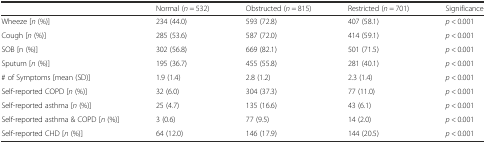
<table><thead><tr><td></td><td><b>Normal (<i>n</i> = 532)</b></td><td><b>Obstructed (<i>n</i> = 815)</b></td><td><b>Restricted (<i>n</i> = 701)</b></td><td><b>Significance</b></td></tr></thead><tbody><tr><td>Wheeze [<i>n</i> (%)]</td><td>234 (44.0)</td><td>593 (72.8)</td><td>407 (58.1)</td><td><i>p</i> &lt; 0.001</td></tr><tr><td>Cough [<i>n</i> (%)]</td><td>285 (53.6)</td><td>587 (72.0)</td><td>414 (59.1)</td><td><i>p</i> &lt; 0.001</td></tr><tr><td>SOB [n (%)]</td><td>302 (56.8)</td><td>669 (82.1)</td><td>501 (71.5)</td><td><i>p</i> &lt; 0.001</td></tr><tr><td>Sputum [<i>n</i> (%)]</td><td>195 (36.7)</td><td>455 (55.8)</td><td>281 (40.1)</td><td><i>p</i> &lt; 0.001</td></tr><tr><td># of Symptoms [mean (SD)]</td><td>1.9 (1.4)</td><td>2.8 (1.2)</td><td>2.3 (1.4)</td><td><i>p</i> &lt; 0.001</td></tr><tr><td>Self-reported COPD [<i>n</i> (%)]</td><td>32 (6.0)</td><td>304 (37.3)</td><td>77 (11.0)</td><td><i>p</i> &lt; 0.001</td></tr><tr><td>Self-reported asthma [<i>n</i> (%)]</td><td>25 (4.7)</td><td>135 (16.6)</td><td>43 (6.1)</td><td><i>p</i> &lt; 0.001</td></tr><tr><td>Self-reported asthma &amp; COPD [<i>n</i> (%)]</td><td>3 (0.6)</td><td>77 (9.5)</td><td>14 (2.0)</td><td><i>p</i> &lt; 0.001</td></tr><tr><td>Self-reported CHD [<i>n</i> (%)]</td><td>64 (12.0)</td><td>146 (17.9)</td><td>144 (20.5)</td><td><i>p</i> &lt; 0.001</td></tr></tbody></table>